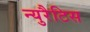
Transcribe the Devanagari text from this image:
न्युरैटिस